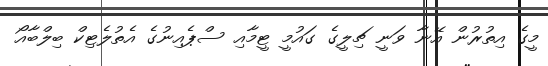
މީގެ އިތުރުން އޭނާ ވަނީ ޗިލީގެ ގައުމީ ޓީމާއި ސްޕެއިނުގެ އެތުލެޓިކް ބިލްބާއޯ